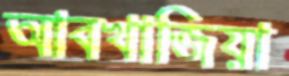
আবখাজিয়া